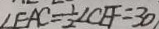
\angle E A C = \frac { 1 } { 2 } \angle C E F = 3 0